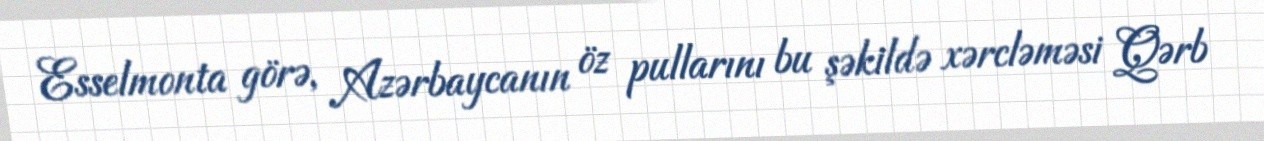
Esselmonta görə, Azərbaycanın öz pullarını bu şəkildə xərcləməsi Qərb